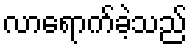
လာရောက်ခဲ့သည်